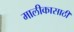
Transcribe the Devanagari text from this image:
मालीकासाठी